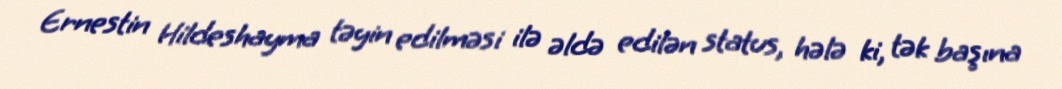
Ernestin Hildeshayma təyin edilməsi ilə əldə edilən status, hələ ki, tək başına